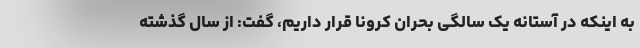
به اینکه در آستانه یک سالگی بحران کرونا قرار داریم، گفت: از سال گذشته